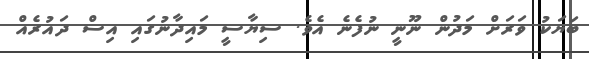
ބަޔަކު ވަރަށް މަދުން ނޫނީ ނުފެނެ އެވެ. ސިޔާސީ މައިދާނުގައި އިސް ދައުރެއް